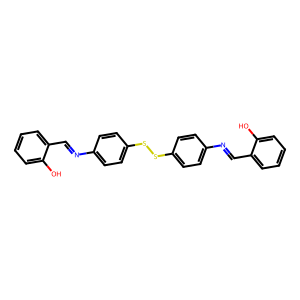
SMILES: Oc1ccccc1C=Nc1ccc(SSc2ccc(N=Cc3ccccc3O)cc2)cc1
Inhibits HIV replication: No